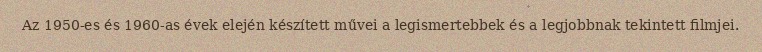
Az 1950-es és 1960-as évek elején készített művei a legismertebbek és a legjobbnak tekintett filmjei.